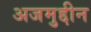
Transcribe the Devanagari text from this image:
अजमुद्दीन